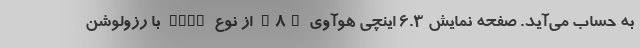
به حساب می‌آید. صفحه نمایش 6.3 اینچی هوآوی Y8p از نوع OLED با رزولوشن